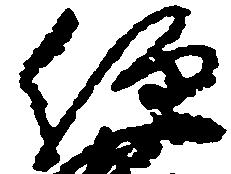
経